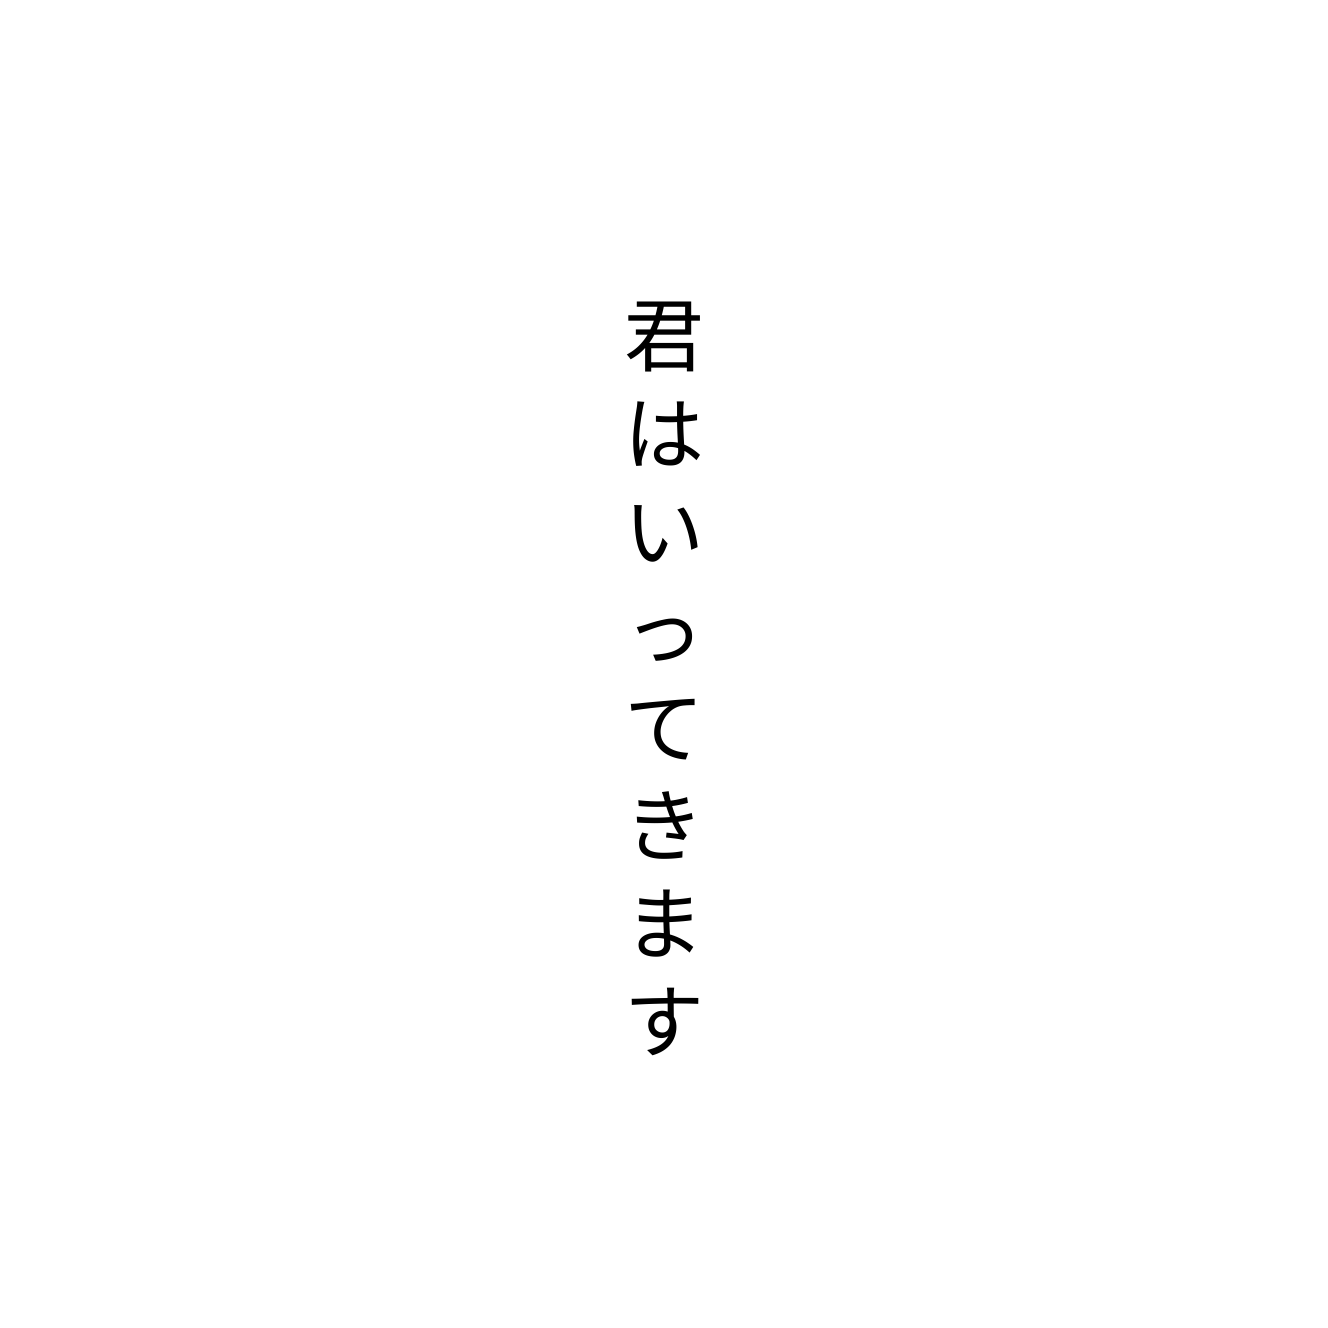
君はいってきます